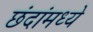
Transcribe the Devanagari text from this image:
छंदांमध्ये